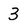
Character: 3